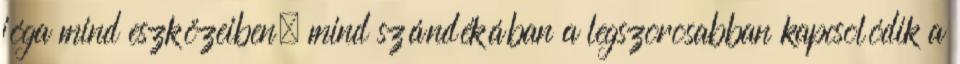
jóga mind eszközeiben, mind szándékában a legszorosabban kapcsolódik a